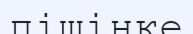
пішінке